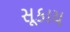
સૂકાય